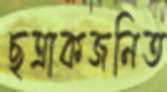
ছত্রাকজনিত